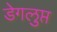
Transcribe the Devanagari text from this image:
डेगलुप्त